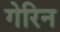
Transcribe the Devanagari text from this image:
गेरिन